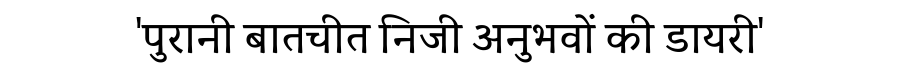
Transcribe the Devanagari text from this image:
'पुरानी बातचीत निजी अनुभवों की डायरी'